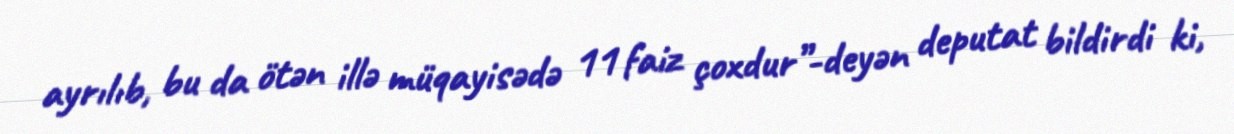
ayrılıb, bu da ötən illə müqayisədə 11 faiz çoxdur”-deyən deputat bildirdi ki,